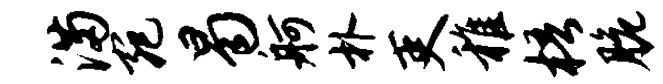
满宛曷舸朴吏稚梧脆